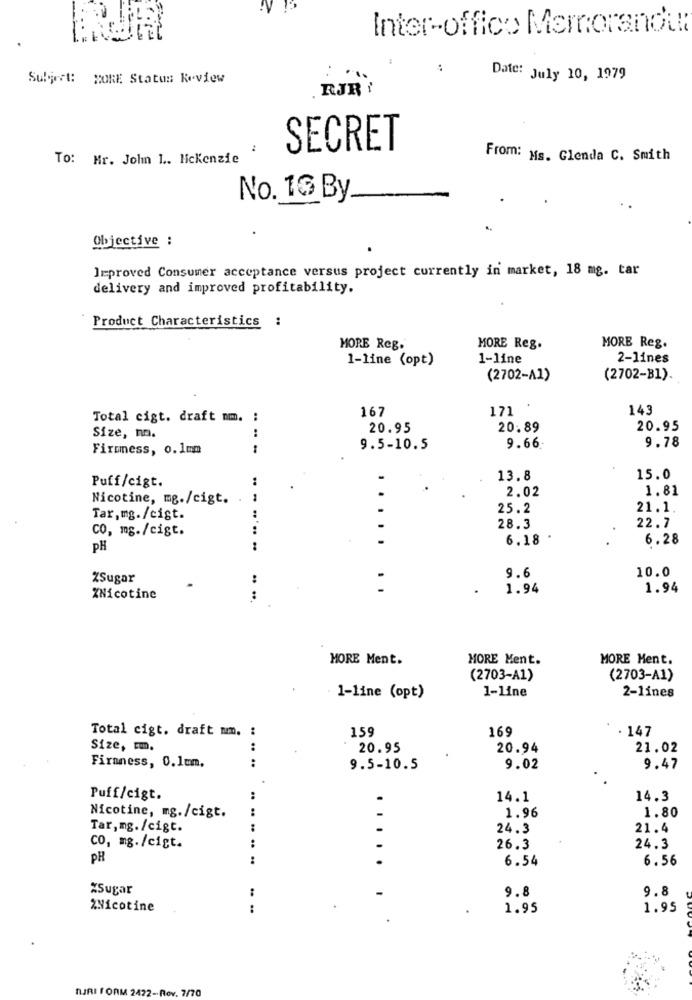
Inter-offico Memorandu
Subject: MORE Status Review
Date: July 10, 1979
RJR !
SECRET
To: Hr. John 1 .. Mckenzie
From: Ms. Glenda C. Smith
No. 16 By
Objective :
leproved Consumer acceptance versus project currently in market, 18 mg. tar
delivery and improved profitability.
Product Characteristics :
MORE Reg.
MORE Reg.
MORE Reg.
1-line (opt)
1-line
2-lines
(2702-A1)
(2702-B1).
167
171
143
Total cigt. draft nm.
....
20.95
20.89
20.95
Size, mn.
9.78
Firmness, o.1mm
9.5-10.5
9.66
Puff/cigt.
13.8
15.0
2.02
1.81
Nicotine, mg./cigt.
25.2
21.1
Tar, mg./cigt.
CO, mg./cigt.
28.3
22.7
.....
6.18
6.28
PH
10.0
ZSugar
9.6
1.94
1.94
XNicotine
..
MORE Ment.
MORE Ment.
MORE Ment.
(2703-A1)
(2703-A1)
1-line
2-lines
1-line (opt)
159
169
. 147
Total cigt. draft nm. :
Size, Em.
:
20.95
20.94
21.02
Firmness, 0.1mm.
:
9.5-10.5
9.02
9.47
Puff/cigt.
..
14.1
14.3
1.96
1.80
Nicotine, mg./cigt.
Tar,mg./cigt.
24.3
21.4
co, mg./cigt.
..
.
26.3
24.3
PH
:
.
.....
6.54
6.56
%Sugar
:
9.8
9.8
%Nicotine
:
1.95
1.95
TURI FORM 2422-Rov. 7/70